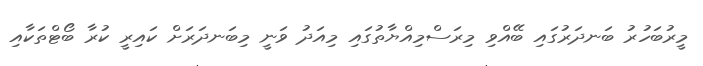
މީރުބަހުރު ބަނދަރުގައި ބޭއްވި މިރަސްމިއްޔާތުގައި މިއަދު ވަނީ މިބަނދަރަށް ކައިރީ ކުރާ ބޯޓްތަކާއި